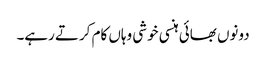
دونوں بھائی ہنسی خوشی وہاں کام کرتے رہے۔